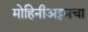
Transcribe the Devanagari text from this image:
मोहिनीअट्टमचा